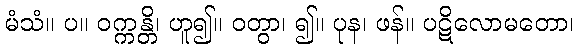
မံသံ။ ပ။ ဝက္ကန္တိ၊ ဟူ၍။ ဝတွာ၊ ၍။ ပုန၊ ဖန်။ ပဋိလောမတော၊